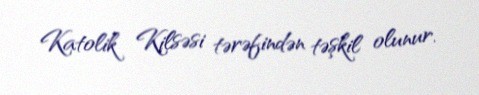
Katolik Kilsəsi tərəfindən təşkil olunur.